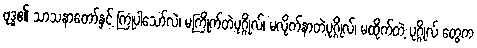
ဗုဒ္ဓ၏ သာသနာတော်နှင့် ကြုံပါသော်လဲ၊ မကြိုက်တဲ့ပုဂ္ဂိုလ်၊ မလိုက်နာတဲ့ပုဂ္ဂိုလ်၊ မထိုက်တဲ့ ပုဂ္ဂိုလ် တွေက